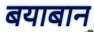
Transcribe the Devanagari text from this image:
बयाबान